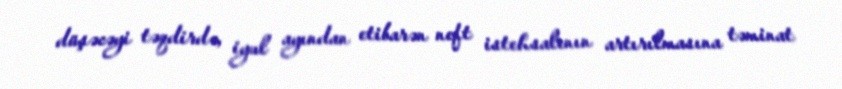
düşəcəyi təqdirdə, iyul ayından etibarən neft istehsalının artırılmasına təminat